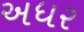
અધર